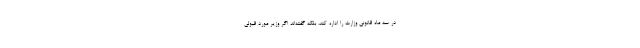
در سه ماه قانونی وزارت را اداره كند، بلكه گفته‌اند اگر وزیر مورد قبولى